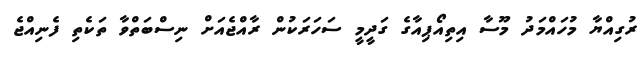
ރުގިއްޔާ މުހައްމަދު މޫސާ އިތިއޯޕިއާގެ ގަދީމީ ސަހަރަކުން ރާއްޖެއަށް ނިސްބަތްވާ ތަކެތި ފެނިއްޖެ